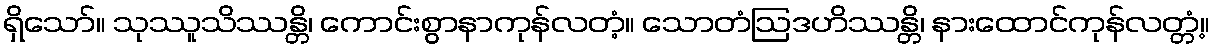
ရှိသော်။ သုဿူသိဿန္တိ၊ ကောင်းစွာနာကုန်လတံ့။ သောတံဩဒဟိဿန္တိ၊ နားထောင်ကုန်လတ္တံ့။